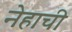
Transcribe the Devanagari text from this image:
नेहाची